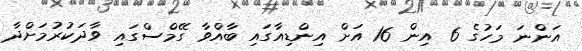
އަންނަ މަހުގެ 6 އިން 16 އަށް އިންޑިއާގައި ބާއްވާ ގޭމްސްގައި ވާދަކުރުމަށްދާ